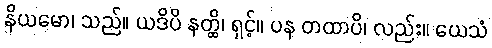
နိယမော၊ သည်။ ယဒိပိ နတ္ထိ၊ ရှင့်။ ပန တထာပိ၊ လည်း။ ယေသံ